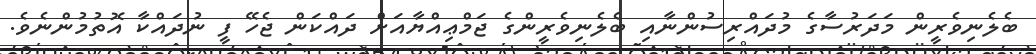
ބެލެނިވެރީން މަދަރުސާގެ މުދައްރިސުންނާއި ބެލެނިވެރީންގެ ޖަމްޢިއްޔާއަށް ދައްކަން ޖެހޭ ފީ ނުދައްކާ އޮތުމުންނެވެ.